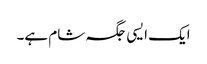
ایک ایسی جگہ شام ہے۔